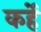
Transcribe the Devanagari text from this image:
कर्हे